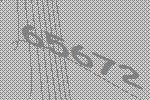
65672